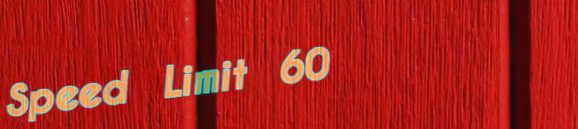
Speed Limit 60